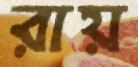
রায়